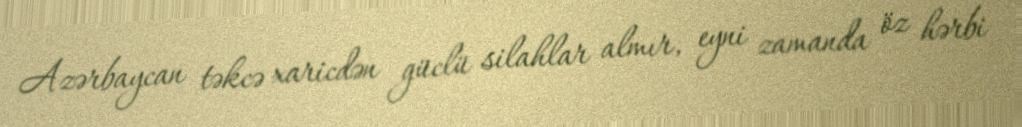
Azərbaycan təkcə xaricdən güclü silahlar almır, eyni zamanda öz hərbi